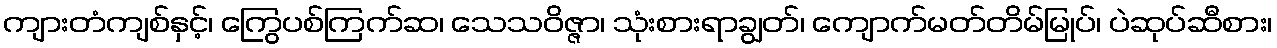
ကျားတံကျစ်နှင့်၊ ကြွေပစ်ကြက်ဆ၊ သေသဝိဇ္ဇာ၊ သုံးစားရာချွတ်၊ ကျောက်မတ်တိမ်မြုပ်၊ ပဲဆုပ်ဆီစား၊